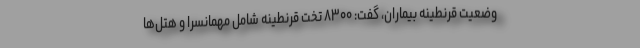
وضعیت قرنطینه بیماران، گفت: ۸۳۰۰ تخت قرنطینه شامل مهمانسرا و هتل‌ها